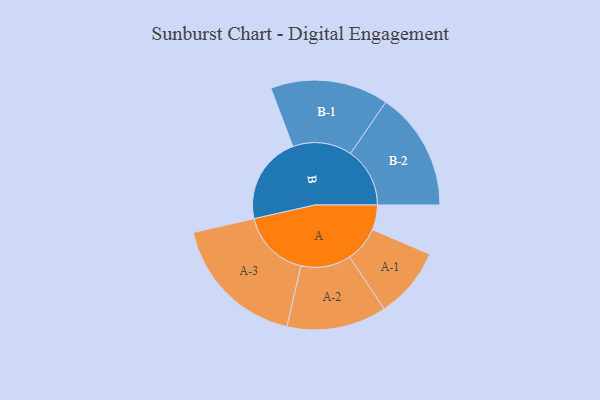
{"axis": {"x": "Segment", "y": "Value"}, "legend": ["", "A", "B"], "data": [{"x": "A", "y": 105, "type": ""}, {"x": "B", "y": 371, "type": ""}, {"x": "A-1", "y": 150, "type": "A"}, {"x": "A-2", "y": 211, "type": "A"}, {"x": "A-3", "y": 291, "type": "A"}, {"x": "B-1", "y": 250, "type": "B"}, {"x": "B-2", "y": 251, "type": "B"}]}